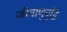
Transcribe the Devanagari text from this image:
जीवाणुवृद्धि